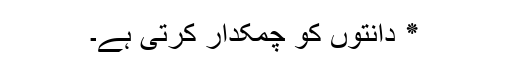
٭ دانتوں کو چمکدار کرتی ہے۔